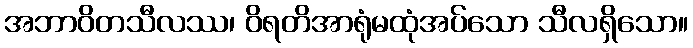
အဘာဝိတသီလဿ၊ ဝိရတိအာရုံမထုံအပ်သော သီလရှိသော။